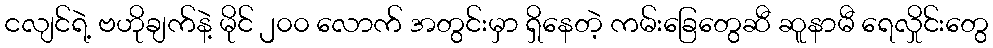
ငလျင်ရဲ့ ဗဟိုချက်နဲ့ မိုင် ၂၀၀ လောက် အတွင်းမှာ ရှိနေတဲ့ ကမ်းခြေတွေဆီ ဆူနာမီ ရေလှိုင်းတွေ